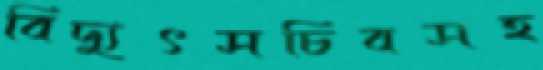
বিদ্যুৎসচিবসহ